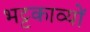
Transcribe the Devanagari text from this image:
भट्टकाव्यों